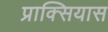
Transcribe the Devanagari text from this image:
प्राक्सियास